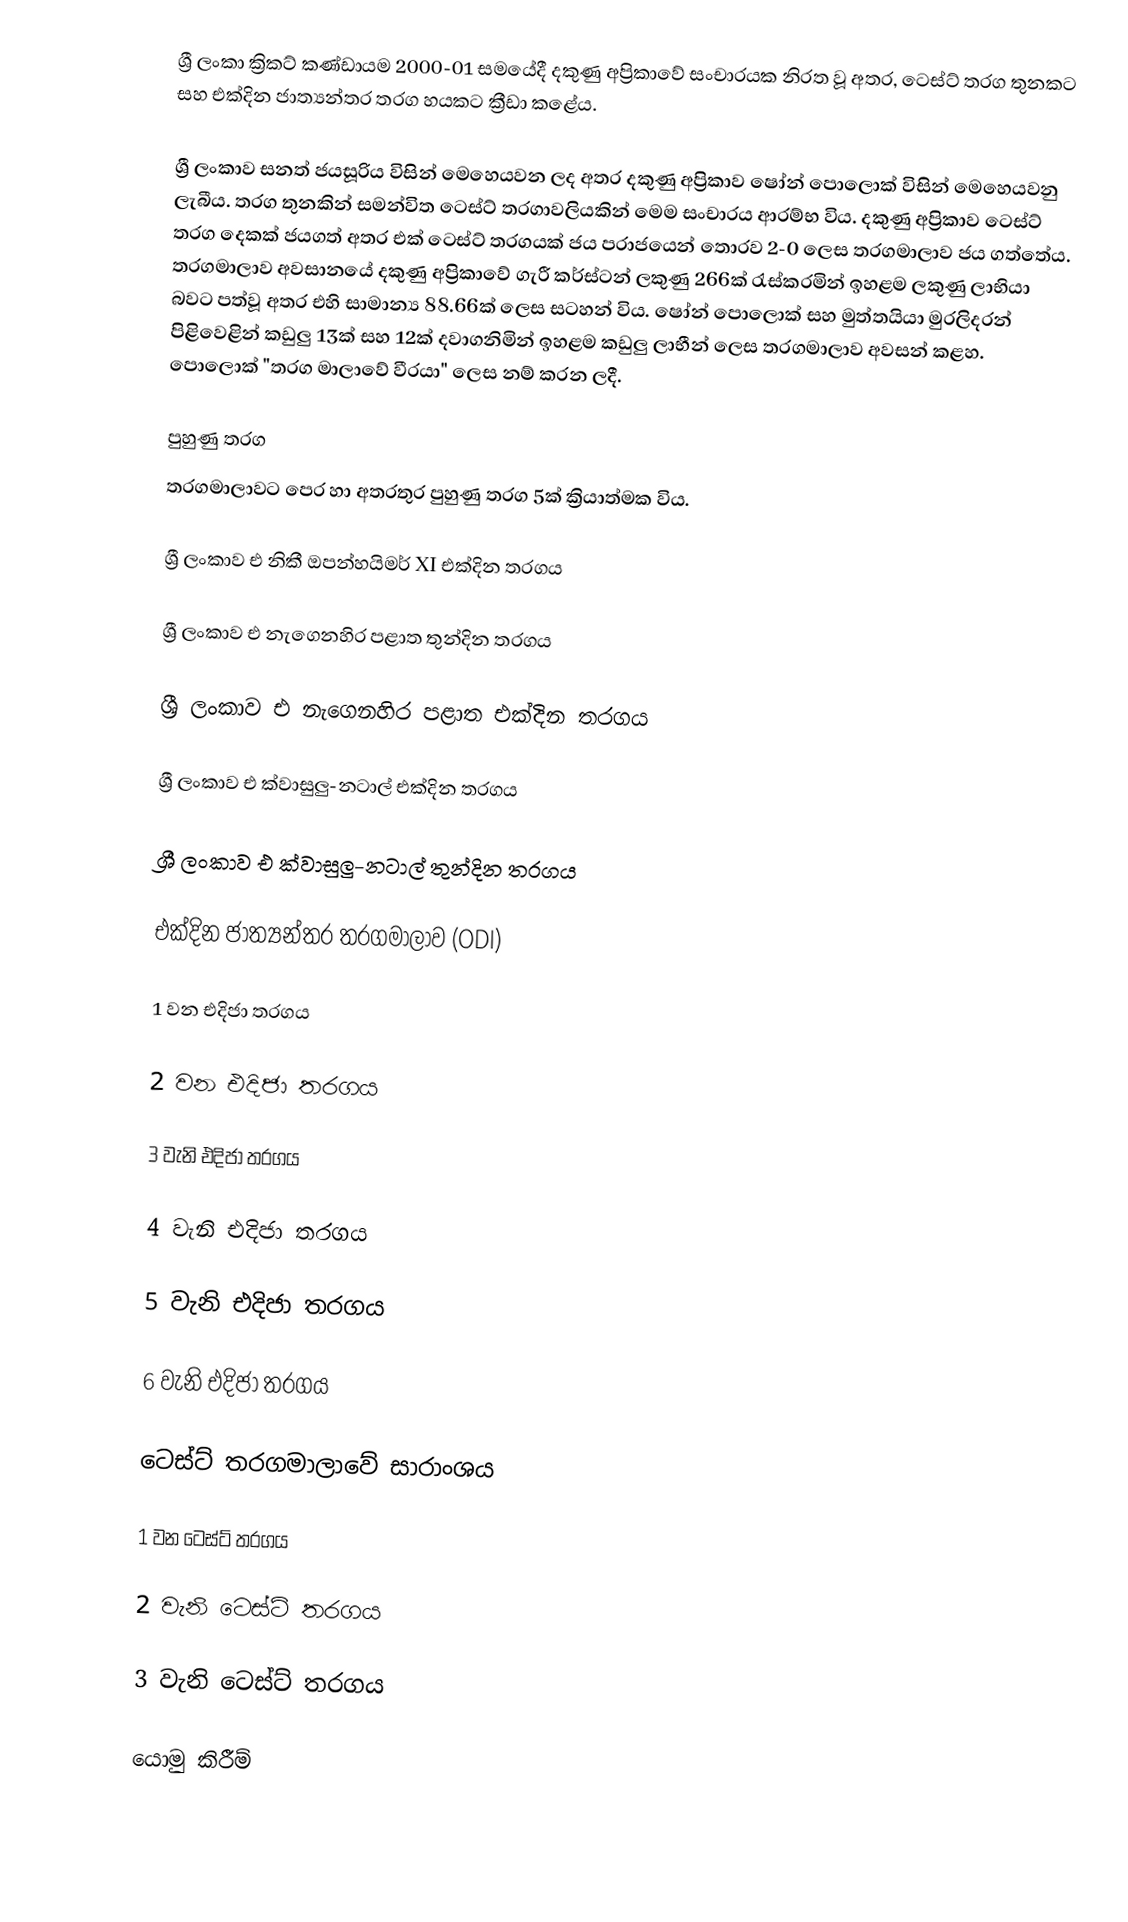
ශ්‍රී ලංකා ක්‍රිකට් කණ්ඩායම 2000-01 සමයේදී දකුණු අප්‍රිකාවේ සංචාරයක නිරත වූ අතර, ටෙස්ට් තරග තුනකට සහ එක්දින ජාත්‍යන්තර තරග හයකට ක්‍රීඩා කළේය.

ශ්‍රී ලංකාව සනත් ජයසූරිය විසින් මෙහෙයවන ලද අතර දකුණු අප්‍රිකාව ෂෝන් පොලොක් විසින් මෙහෙයවනු ලැබීය. තරග තුනකින් සමන්විත ටෙස්ට් තරගාවලියකින් මෙම සංචාරය ආරම්භ විය. දකුණු අප්‍රිකාව ටෙස්ට් තරග දෙකක් ජයගත් අතර එක් ටෙස්ට් තරගයක් ජය පරාජයෙන් තොරව 2-0 ලෙස තරගමාලාව ජය ගත්තේය. තරගමාලාව අවසානයේ දකුණු අප්‍රිකාවේ ගැරී කර්ස්ටන් ලකුණු 266ක් රැස්කරමින් ඉහළම ලකුණු ලාභියා බවට පත්වූ අතර එහි සාමාන්‍ය 88.66ක් ලෙස සටහන් විය.  ෂෝන් පොලොක් සහ මුත්තයියා මුරලිදරන් පිළිවෙළින් කඩුලු 13ක් සහ 12ක් දවාගනිමින් ඉහළම කඩුලු ලාභීන් ලෙස තරගමාලාව අවසන් කළහ. පොලොක් "තරග මාලාවේ වීරයා" ලෙස නම් කරන ලදී.

පුහුණු තරග
තරගමාලාවට පෙර හා අතරතුර පුහුණු තරග 5ක් ක්‍රියාත්මක විය.

ශ්‍රී ලංකාව එ නිකී ඔපන්හයිමර් XI එක්දින තරගය

ශ්‍රී ලංකාව එ නැගෙනහිර පළාත තුන්දින තරගය

ශ්‍රී ලංකාව එ නැගෙනහිර පළාත එක්දින තරගය

ශ්‍රී ලංකාව එ ක්වාසුලු-නටාල් එක්දින තරගය

ශ්‍රී ලංකාව එ ක්වාසුලු-නටාල් තුන්දින තරගය

එක්දින ජාත්‍යන්තර තරගමාලාව (ODI)

1 වන එදිජා තරගය

2 වන එදිජා තරගය

3 වැනි එදිජා තරගය

4 වැනි එදිජා තරගය

5 වැනි එදිජා තරගය

6 වැනි එදිජා තරගය

ටෙස්ට් තරගමාලාවේ සාරාංශය

1 වන ටෙස්ට් තරගය

2 වැනි ටෙස්ට් තරගය

3 වැනි ටෙස්ට් තරගය

යොමු කිරීම්